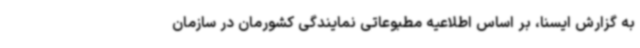
به گزارش ایسنا، بر اساس اطلاعیه مطبوعاتی نمایندگی کشورمان در سازمان